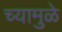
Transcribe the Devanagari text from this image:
च्यामुळे